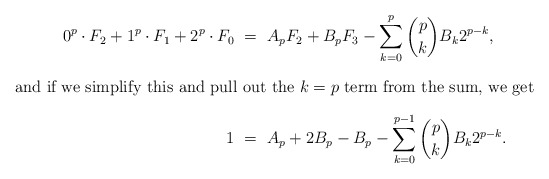
\begin{align*}0^p\cdot F_2 + 1^p\cdot F_1 + 2^p\cdot F_0 \ &= \ A_p F_2 + B_p F_3 - \sum_{k=0}^p \binom{p}{k} B_k 2^{p-k}, \intertext{and if we simplify this and pull out the $k=p$ term from the sum, we get }1 \ &= \ A_p + 2B_p - B_p - \sum_{k=0}^{p-1} \binom{p}{k} B_k 2^{p-k}.\end{align*}